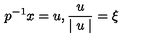
p ^ { - 1 } x = u , \frac { u } { \mid u \mid } = \xi